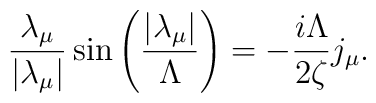
\frac{\lambda_\mu}{\left|\lambda_\mu\right|}\sin\left(\frac{\left|\lambda_\mu\right|}{\Lambda}\right)=-\frac{i\Lambda}{2\zeta} j_\mu.